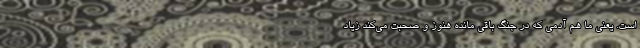
است. یعنی ما هم آدمی که در جنگ باقی مانده هنوز و صحبت می‌کند زیاد